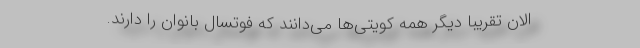
الان تقریبا دیگر همه کویتی‌ها می‌دانند که فوتسال بانوان را دارند.